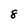
Character: 8